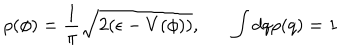
\rho ( \phi ) = \frac { 1 } { \pi } \sqrt { 2 ( \epsilon - V ( \phi ) ) } , \int d q \rho ( q ) = 1